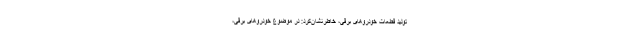
تولید قطعات خودروهای برقی، خاطرنشان‌کرد: در موضوع خودروهای برقی،